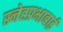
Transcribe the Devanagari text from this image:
स्नेहप्रभाबाई